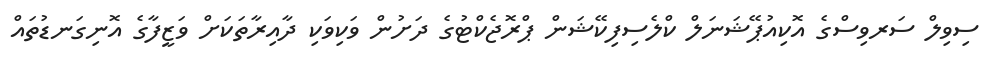
ސިވިލް ސަރވިސްގެ އޮކިއުޕޭޝަނަލް ކްލެސިފިކޭޝަން ޕްރޮޖެކްޓުގެ ދަށުން ވަކިވަކި ދާއިރާތަކަށް ވަޒީފާގެ އޮނިގަނޑުތައް